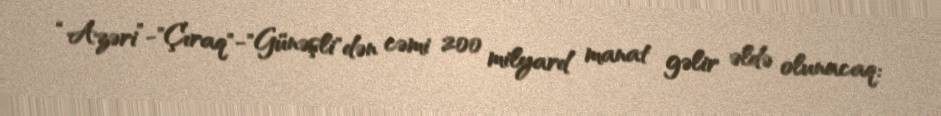
“Azəri”-"Çıraq"-"Günəşli"dən cəmi 200 milyard manat gəlir əldə olunacaq: